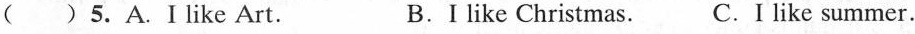
( ) 5.A.Ⅰlike Art. B.I like Christmas. C.I like summer.